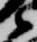
衛